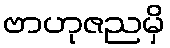
ဗာဟုဇညမှိ